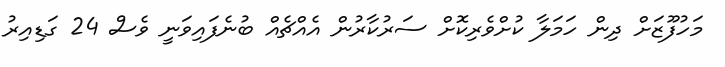
މަހުފޫޒަށް ދިން ހަމަލާ ކުށްވެރިކޮށް ސަރުކާރުން އެއްޗެއް ބުނެފައިވަނީ ވެސް 24 ގަޑިއިރު